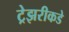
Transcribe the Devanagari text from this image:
ट्रेझरीकडे